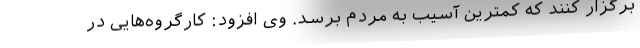
برگزار کنند که کمترین آسیب به مردم برسد. وی افزود: کارگروه‌هایی در